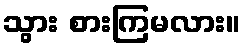
သွား စားကြမလား။